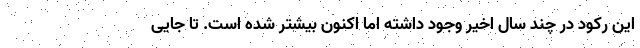
این رکود در چند سال اخیر وجود داشته اما اکنون بیشتر شده است. تا جایی